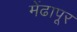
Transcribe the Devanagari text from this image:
मेंढापूर